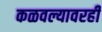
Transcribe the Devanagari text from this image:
कळवल्यावरही